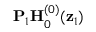
\mathbf { P } _ { 1 } \mathbf { H } _ { 0 } ^ { ( 0 ) } ( \mathbf { z } _ { 1 } )